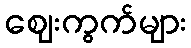
ဈေးကွက်များ